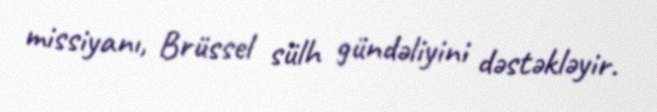
missiyanı, Brüssel sülh gündəliyini dəstəkləyir.